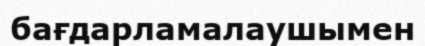
бағдарламалаушымен